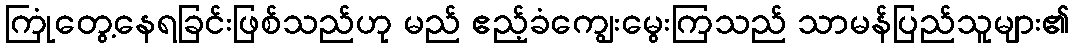
ကြုံတွေ့နေရခြင်းဖြစ်သည်ဟု မည် ဧည့်ခံကျွေးမွေးကြသည် သာမန်ပြည်သူများ၏